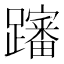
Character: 𲄎